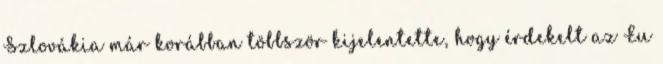
Szlovákia már korábban többször kijelentette, hogy érdekelt az Eu